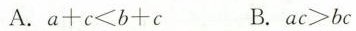
A.$$a + c < b + c$$ B.$$a c > b c